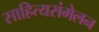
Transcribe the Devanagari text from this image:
साहित्यसंमेलन